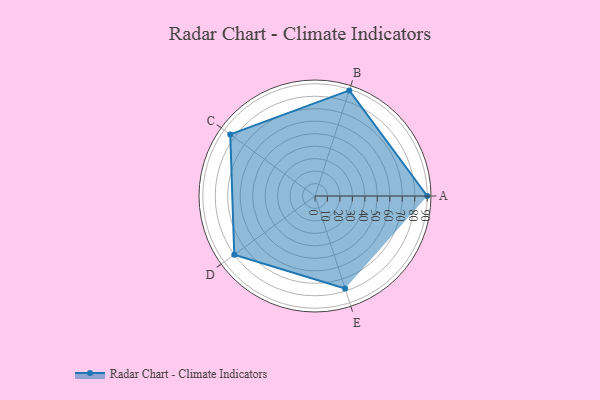
{"axis": {"x": "Skill", "y": "Score"}, "legend": ["Profile"], "data": [{"x": "A", "y": 90.0, "type": "Profile"}, {"x": "B", "y": 89.0, "type": "Profile"}, {"x": "C", "y": 84.0, "type": "Profile"}, {"x": "D", "y": 80.0, "type": "Profile"}, {"x": "E", "y": 78.0, "type": "Profile"}]}